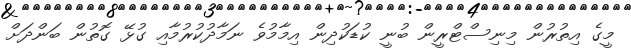
މީގެ އިތުރުން މިނިސްޓްރީން ބުނީ ކުޑަކުދިން އިމާމުވެ ނަމާދުކުރުމާއި ގުޅޭ ގޮތުން ބަންދަށް